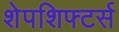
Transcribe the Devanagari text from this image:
शेपशिफ्टर्स